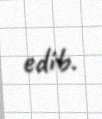
edib.